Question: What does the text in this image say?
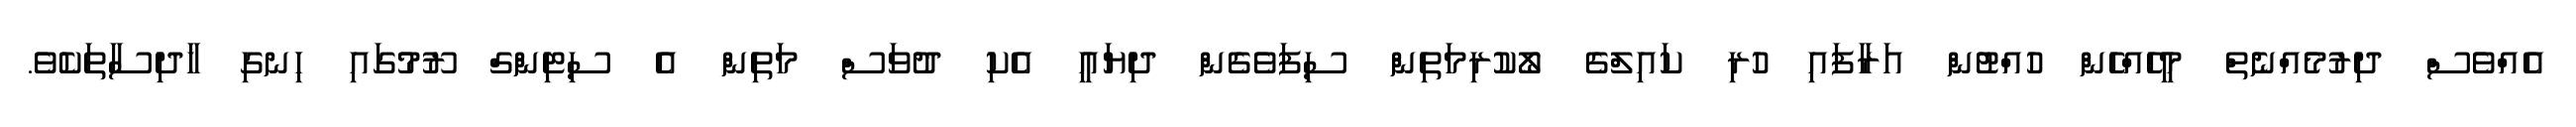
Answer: އެއްވެސް ދިރުމެއްނެތް މީހެއްހެން ހުއްޓުން އަރާފައި ހުރި ކައިލްގެ ލޯކުރިމަތިން ސިފަވެގެން ދިޔައީ އެކި ދުވަސް މަތިން އެ ސިޓިންގް ރޫމުގައި ހިނގި ހާދިސާތަކެވެ.